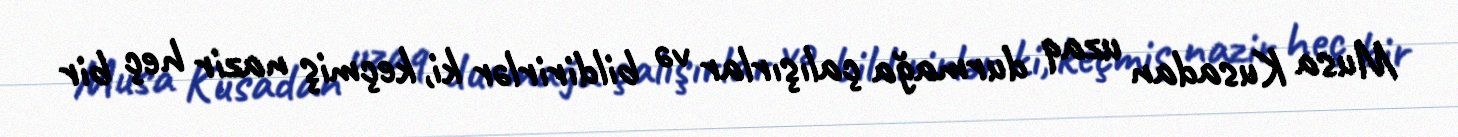
Musa Kusadan uzaq durmağa çalışırlar və bildirirlər ki, keçmiş nazir heç bir